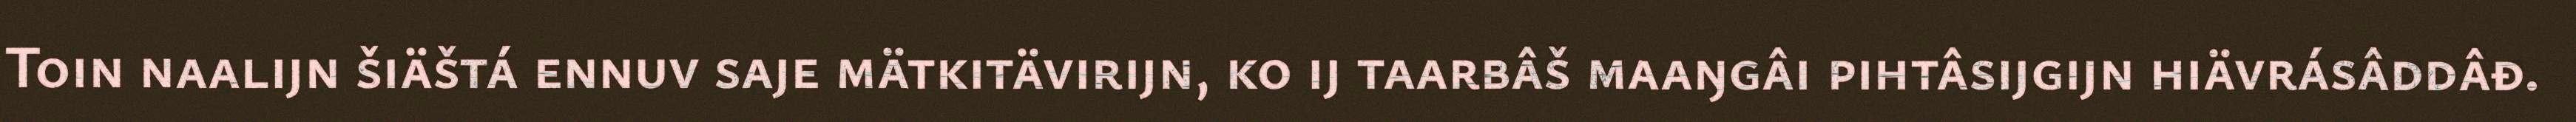
Toin naalijn šiäštá ennuv saje mätkitävirijn, ko ij taarbâš maaŋgâi pihtâsijgijn hiävrásâddâđ.